Annual report on the Civil Veterinary Department, Burma (including the Insein Veterinary School) - 1910-1922
Year: 1910
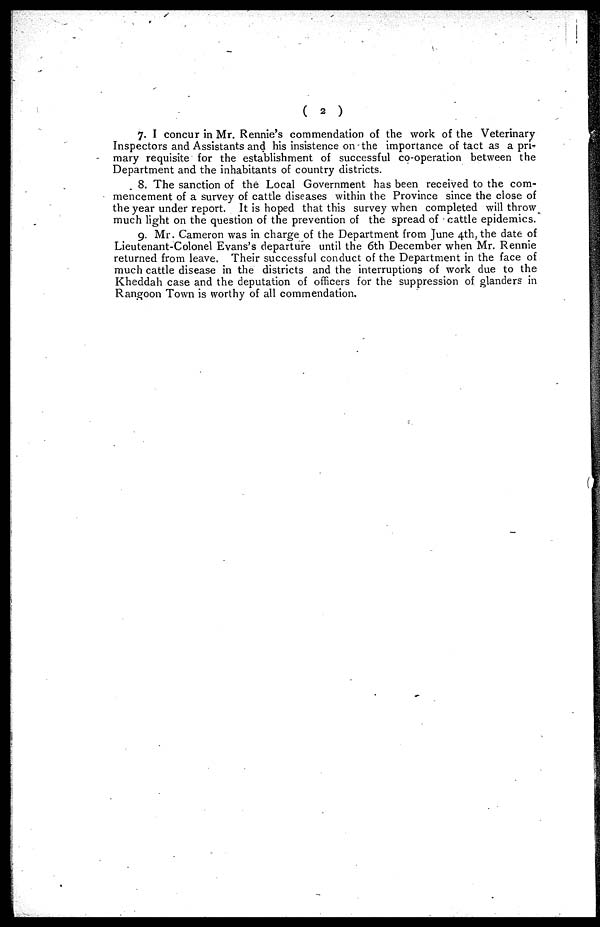
(
2
)
7. I concur in Mr. Rennie's commendation of the work of the Veterinary
Inspectors and Assistants and his insistence on the importance of tact as a pri-
mary requisite for the establishment of successful co-operation between the
Department and the inhabitants of country districts.
8. The sanction of the Local Government has been received to the com-
mencement of a survey of cattle diseases within the Province since the close of
the year under report. It is hoped that this survey when completed will throw
much light on the question of the prevention of the spread of cattle epidemics.
9. Mr. Cameron was in charge of the Department from June 4th, the date of
Lieutenant-Colonel Evans's departure until the 6th December when Mr. Rennie
returned from leave. Their successful conduct of the Department in the face of
much cattle disease in the districts and the interruptions of work due to the
Kheddah case and the deputation of officers for the suppression of glanders in
Rangoon Town is worthy of all commendation.